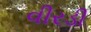
વીરડી